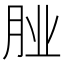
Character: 𮌌